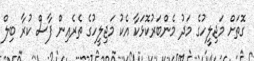
ގޮތަށް މަޖިލީހުގެ މަދު މެންބަރުކޮޅަކާ އެކު މަޖިލީހުގެ ތެރެއިން ފާސް ކުރާ ބިލް